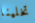
تخلينا